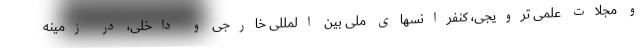
و مجلات علمی ترویجی، کنفرانسهای ملی بین المللی خارجی و داخلی، در زمینه